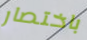
باختصار